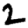
Digit: 2